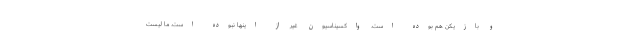
و بازیکن هم بوده است. واکسیناسیون غیر از اینها نبوده است. ما لیست